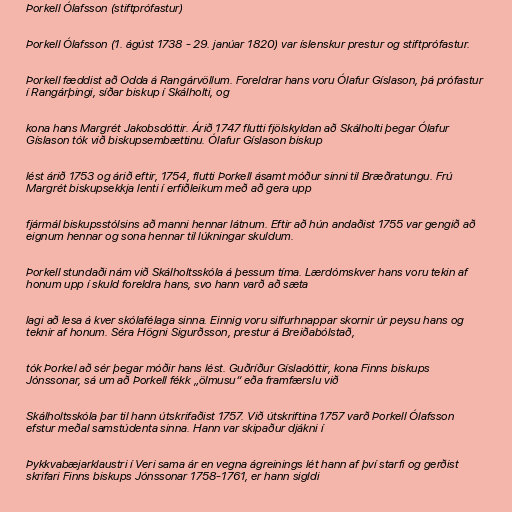
Þorkell Ólafsson (stiftprófastur)

Þorkell Ólafsson (1. ágúst 1738 - 29. janúar 1820) var íslenskur prestur og stiftprófastur.

Þorkell fæddist að Odda á Rangárvöllum. Foreldrar hans voru Ólafur Gíslason, þá prófastur
í Rangárþingi, síðar biskup í Skálholti, og

kona hans Margrét Jakobsdóttir. Árið 1747 flutti fjölskyldan að Skálholti þegar Ólafur
Gíslason tók við biskupsembættinu. Ólafur Gíslason biskup

lést árið 1753 og árið eftir, 1754, flutti Þorkell ásamt móður sinni til Bræðratungu. Frú
Margrét biskupsekkja lenti í erfiðleikum með að gera upp

fjármál biskupsstólsins að manni hennar látnum. Eftir að hún andaðist 1755 var gengið að
eignum hennar og sona hennar til lúkningar skuldum.

Þorkell stundaði nám við Skálholtsskóla á þessum tíma. Lærdómskver hans voru tekin af
honum upp í skuld foreldra hans, svo hann varð að sæta

lagi að lesa á kver skólafélaga sinna. Einnig voru silfurhnappar skornir úr peysu hans og
teknir af honum. Séra Högni Sigurðsson, prestur á Breiðabólstað,

tók Þorkel að sér þegar móðir hans lést. Guðríður Gísladóttir, kona Finns biskups
Jónssonar, sá um að Þorkell fékk „ölmusu“ eða framfærslu við

Skálholtsskóla þar til hann útskrifaðist 1757. Við útskriftina 1757 varð Þorkell Ólafsson
efstur meðal samstúdenta sinna. Hann var skipaður djákni í

Þykkvabæjarklaustri í Veri sama ár en vegna ágreinings lét hann af því starfi og gerðist
skrifari Finns biskups Jónssonar 1758-1761, er hann sigldi